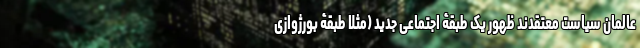
عالمان سیاست معتقدند ظهور یک طبقۀ اجتماعی جدید (مثلا طبقۀ بورژوازی